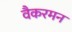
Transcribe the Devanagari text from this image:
वैकरमन